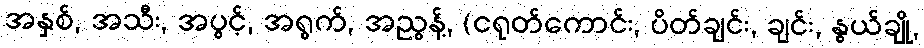
အနှစ်, အသီး, အပွင့်, အရွက်, အညွန့်, (ငရုတ်ကောင်း, ပိတ်ချင်း, ချင်း, နွယ်ချို,